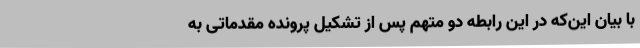
با بیان این‌که در این رابطه دو متهم پس از تشکیل پرونده مقدماتی به